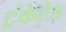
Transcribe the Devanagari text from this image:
ट्रंकेटेड